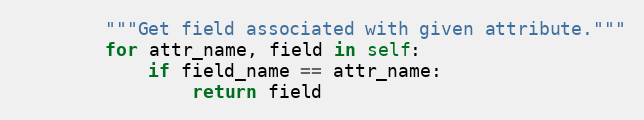
Language: Python
        """Get field associated with given attribute."""
        for attr_name, field in self:
            if field_name == attr_name:
                return field